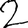
Digit: 2